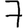
Digit: 7